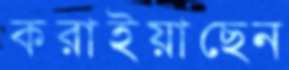
করাইয়াছেন